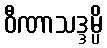
ဝီဏာသဒ္ဒမ္ပိ